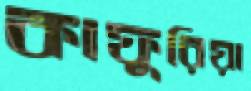
কাফুরিয়া